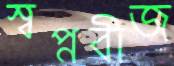
স্বপ্নবীজ